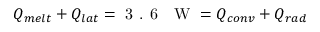
Q _ { m e l t } + Q _ { l a t } = \textrm { 3 . 6 ~ W } = Q _ { c o n v } + Q _ { r a d }